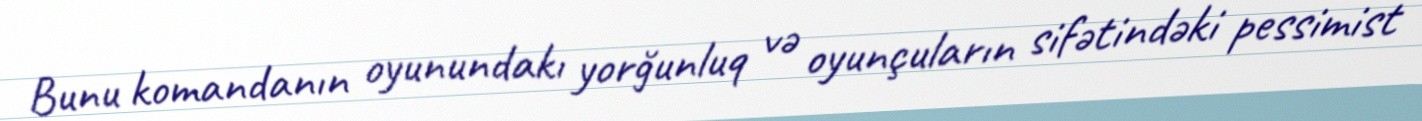
Bunu komandanın oyunundakı yorğunluq və oyunçuların sifətindəki pessimist